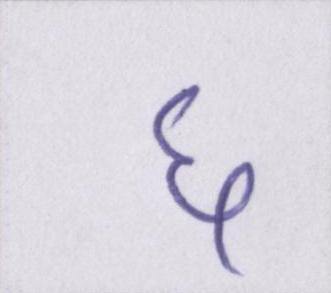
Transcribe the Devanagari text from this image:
६